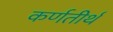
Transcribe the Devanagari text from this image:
कर्णतीर्थ